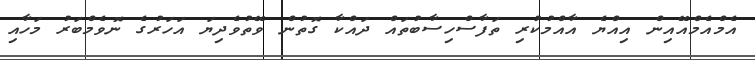
އެމްއެމްއޭއިން އިއްޔެ އާއްމުކުރި ތަފާސްހިސާބުތައް ދައްކާ ގޮތުން ވޭތުވެދިޔަ އަހަރުގެ ނޮވެމްބަރު މަހާއި